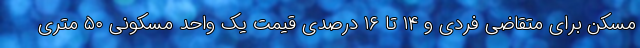
مسکن برای متقاضی فردی و ۱۴ تا ۱۶ درصدی قیمت یک واحد مسکونی ۵۰ متری